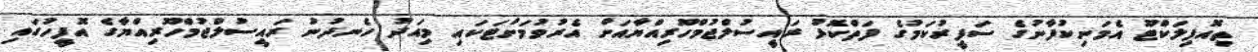
ތިއޮފިލަކްޓޫ އެމަނިކުފާނުގެ ސަފީރުކަމުގެ ފަތްކޮޅު ރައީސުލްޖުމްހޫރިއްޔާއަށް އެރުވުމަށްޓަކައި މިއަދު ހެނދުނު ރައީސުލްޖުމްހޫރިއްޔާގެ އޮފީހުގައި